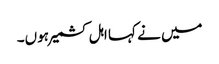
میں نے کہا اہل کشمیر ہوں۔